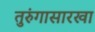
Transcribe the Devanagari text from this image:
तुरुंगासारखा